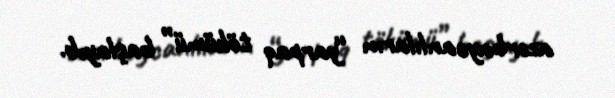
azərbaycanlıların “yarpaq tökümü” başlayıb.